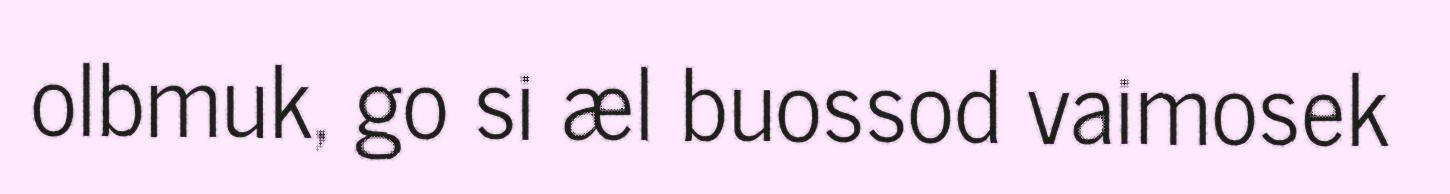
olbmuk, go si æl buossod vaimosek